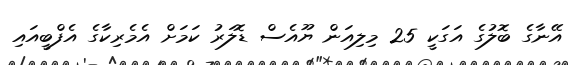
އޭނާގެ ބޮލުގެ އަގަކީ 25 މިލިއަން ޔޫއެސް ޑޮލަރު ކަމަށް އެމެރިކާގެ އެފްބީއައި